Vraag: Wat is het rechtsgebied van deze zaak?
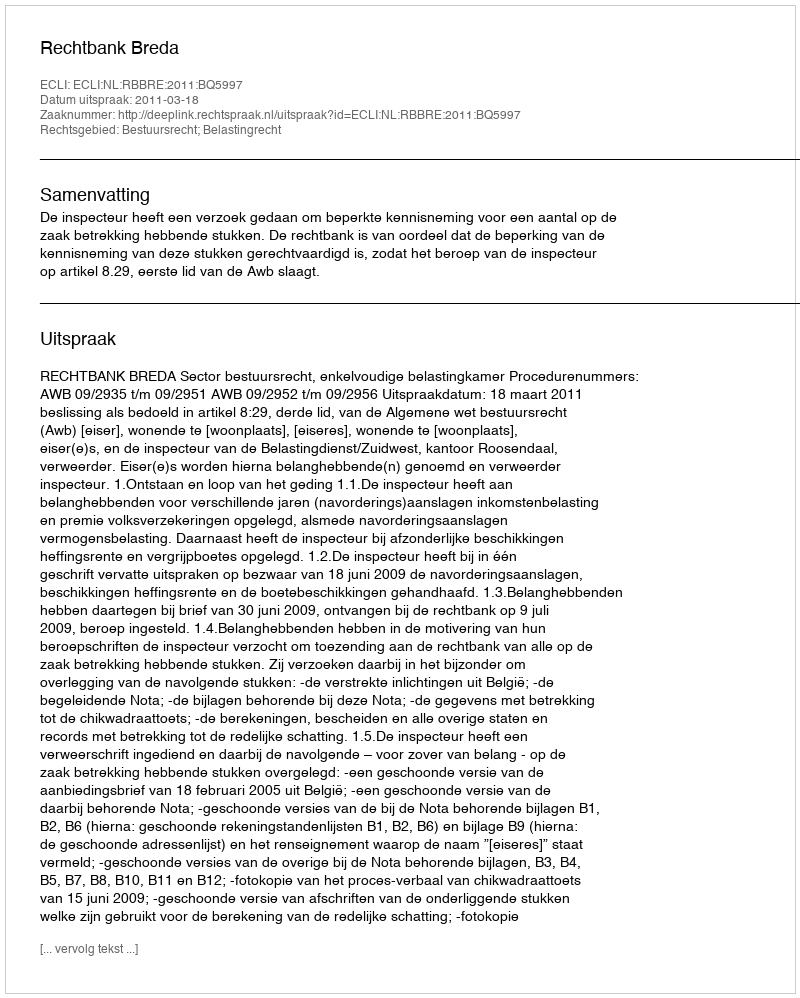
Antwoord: Bestuursrecht; Belastingrecht